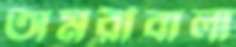
অমরীবালা